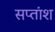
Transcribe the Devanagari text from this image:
सप्तांश